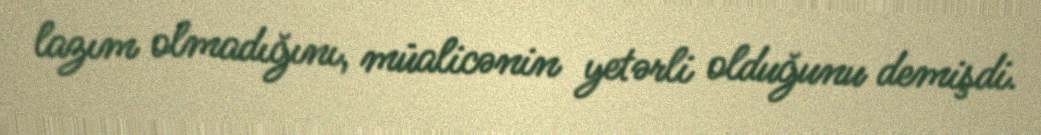
lazım olmadığını, müalicənin yetərli olduğunu demişdi.